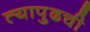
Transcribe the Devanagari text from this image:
त्यापुढची